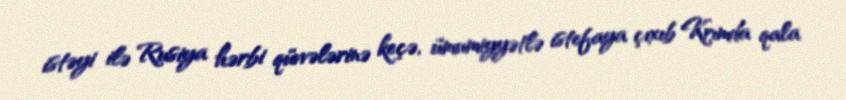
istəyi ilə Rusiya hərbi qüvvələrinə keçə, ümumiyyətlə istefaya çıxıb Krımda qala